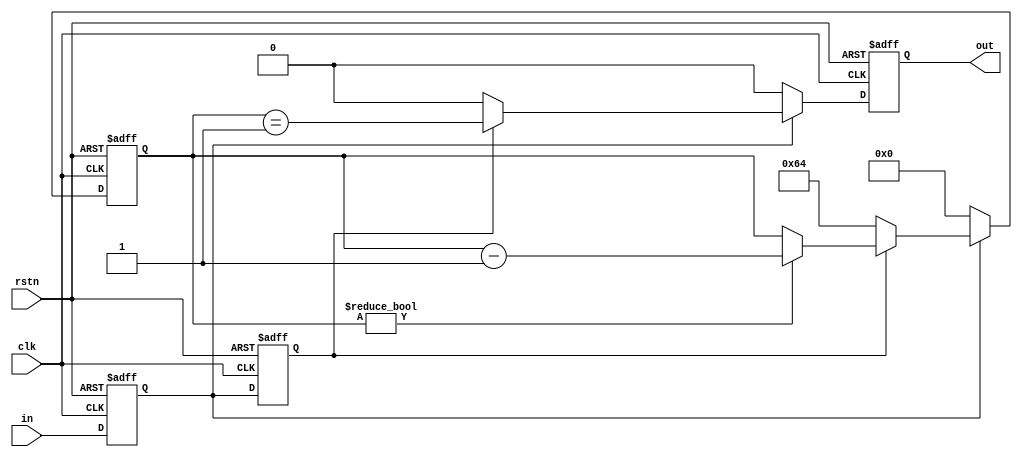
// This program was cloned from: https://github.com/WangXuan95/FPGA-FOC
// License: GNU General Public License v3.0


//--------------------------------------------------------------------------------------------------------
//  hold_detect
// Type    : synthesizable
// Standard: Verilog 2001 (IEEE1364-2001)
//   in  SAMPLE_DELAY  sn_adc 
//--------------------------------------------------------------------------------------------------------

module hold_detect #(
    parameter [15:0]  SAMPLE_DELAY = 16'd100
) (
    input  wire  rstn,
    input  wire  clk,
    input  wire  in,
    output reg   out
);

reg        latch1, latch2;
reg [15:0] cnt;

always @ (posedge clk or negedge rstn)
    if(~rstn)
        {latch1, latch2} <= 2'b11;
    else
        {latch1, latch2} <= {in, latch1};

always @ (posedge clk or negedge rstn)
    if(~rstn) begin
        out <= 1'b0;
        cnt <= 16'd0;
    end else begin
        out <= 1'b0;
        if(latch1) begin
            if(latch2) begin
                if( cnt != 16'd0 )
                    cnt <= cnt - 16'd1;
                out <= cnt == 16'd1;
            end else begin
                cnt <= SAMPLE_DELAY;
            end
        end else begin
            cnt <= 16'd0;
        end
    end

endmodule